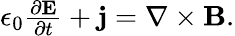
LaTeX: \begin{array}{r}{\epsilon_{0}\frac{\partial\mathbf{E}}{\partial t}+\mathbf{j}=\nabla\times\mathbf{B}.}\end{array}